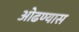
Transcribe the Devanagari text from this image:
ओढण्यास